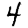
Digit: 4